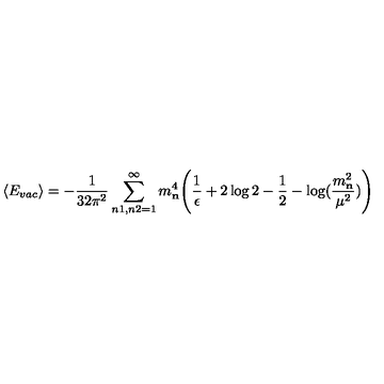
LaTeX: \langle E _ { v a c } \rangle = - { \frac { 1 } { 3 2 \pi ^ { 2 } } } \sum _ { n 1 , n 2 = 1 } ^ { \infty } m _ { \bf n } ^ { 4 } \Bigg ( { \frac { 1 } { \epsilon } } + 2 \log 2 - { \frac { 1 } { 2 } } - \log ( { \frac { m _ { \bf n } ^ { 2 } } { \mu ^ { 2 } } } ) \Bigg )